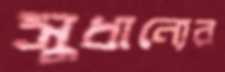
সুধান্যের